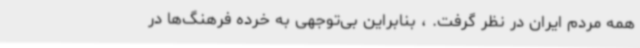
همه مردم ایران در نظر گرفت. ، بنابراین بی‌توجهی به خرده فرهنگ‌ها در